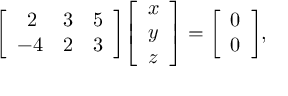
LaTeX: { \left[ \begin{array} { l l l } { \, \, \, 2 } & { 3 } & { 5 } \\ { - 4 } & { 2 } & { 3 } \end{array} \right] } { \left[ \begin{array} { l } { x } \\ { y } \\ { z } \end{array} \right] } = { \left[ \begin{array} { l } { 0 } \\ { 0 } \end{array} \right] } ,